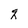
Character: q